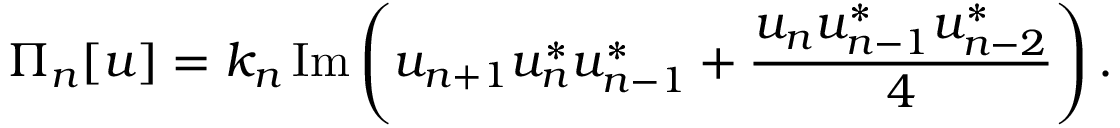
\Pi _ { n } [ u ] = k _ { n } \, \mathrm { I m } \left( u _ { n + 1 } u _ { n } ^ { * } u _ { n - 1 } ^ { * } + \frac { u _ { n } u _ { n - 1 } ^ { * } u _ { n - 2 } ^ { * } } { 4 } \right) .